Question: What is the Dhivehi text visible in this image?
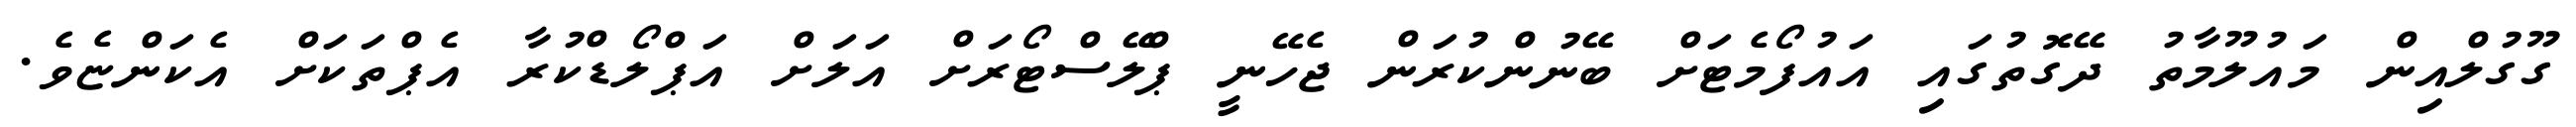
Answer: ގޫގުލްއިން މައުލޫމާތު ދޭގޮތުގައި އައުފޯމެޓަށް ބޭނުންކުރަން ޖެހޭނީ ޕްލޭސްޓޯރަށް އަލަށް އަޕްލޯޑްކުރާ އެޕްތަކަށް އެކަންޏެވެ.